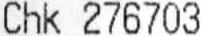
CHK 276703